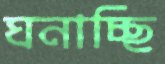
ঘনাচ্ছি